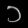
Digit: ၁